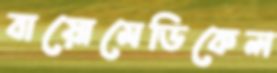
বায়োমেডিকেল